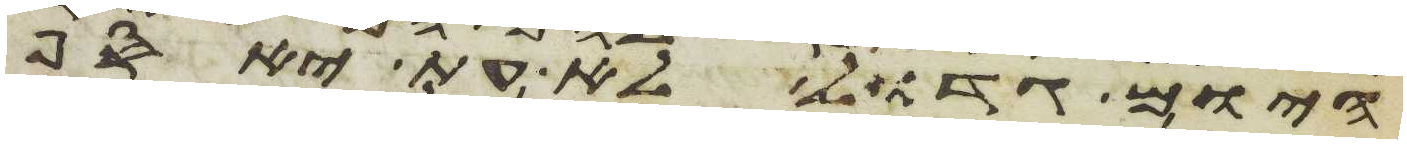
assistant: היום גדול לא עת האסף